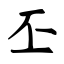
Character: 丕